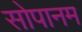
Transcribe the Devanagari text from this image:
सोपानम